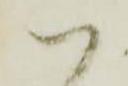
御